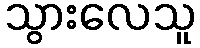
သွားလေသူ